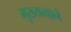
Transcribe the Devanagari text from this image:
मुख्यत्वाने